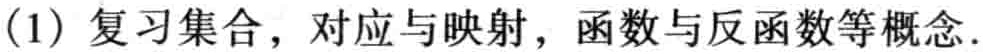
(1) 复习集合，对应与映射，函数与反函数等概念.